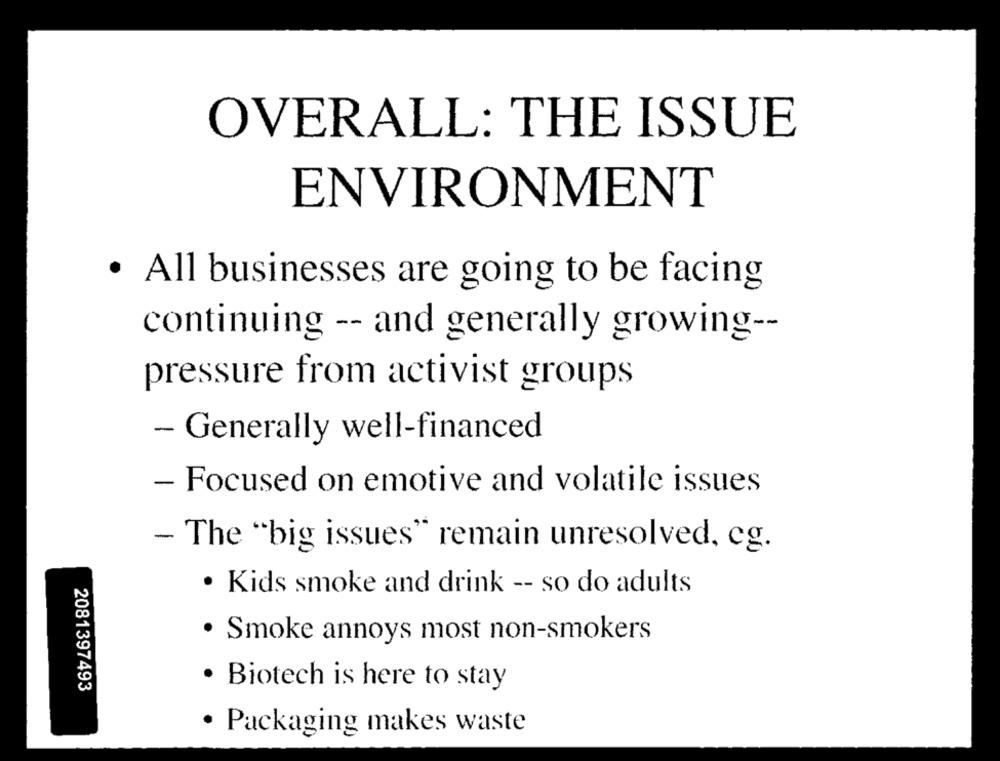
OVERALL: THE ISSUE
ENVIRONMENT
· All businesses are going to be facing
continuing -- and generally growing --
pressure from activist groups
- Generally well-financed
- Focused on emotive and volatile issues
- The "big issues" remain unresolved, eg.
· Kids smoke and drink -- so do adults
· Smoke annoys most non-smokers
2081397493
· Biotech is here to stay
· Packaging makes waste